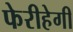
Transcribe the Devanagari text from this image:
फेरीहेगी